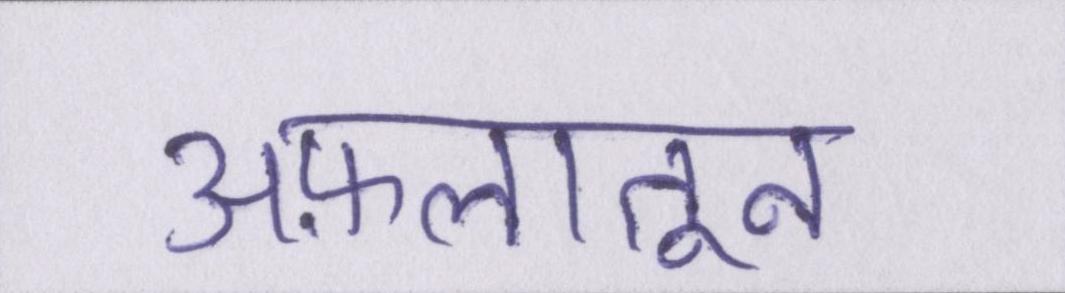
अफ़लातून